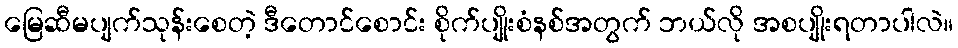
မြေဆီမပျက်သုန်းစေတဲ့ ဒီတောင်စောင်း စိုက်ပျိုးစံနစ်အတွက် ဘယ်လို အစပျိုးရတာပါလဲ။